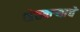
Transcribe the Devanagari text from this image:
शेतकऱ्याचे